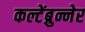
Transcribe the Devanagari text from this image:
कल्टेंब्रुन्नेर